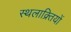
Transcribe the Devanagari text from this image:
स्थलाक्र्तियों